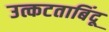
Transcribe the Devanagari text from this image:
उत्कटताबिंदू